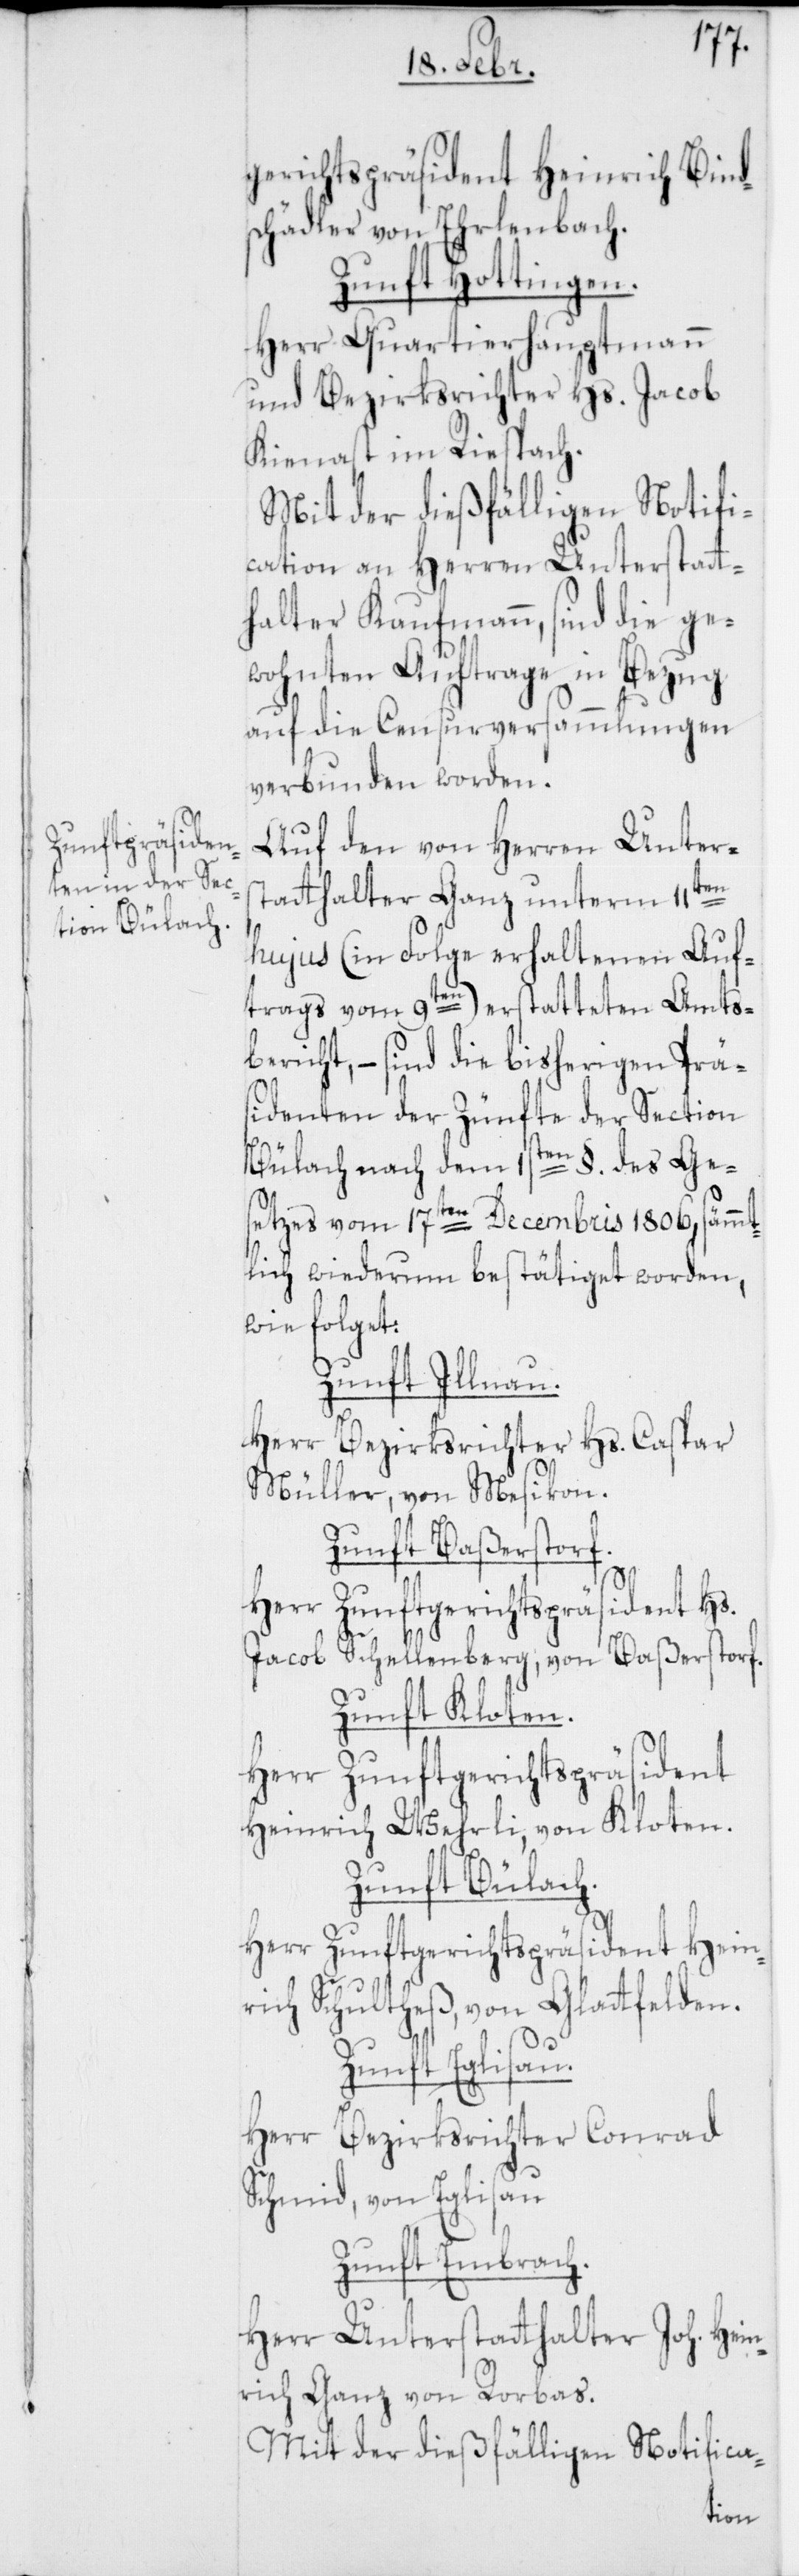
gerichts-Präsident Heinrich Bind¬
schädler von Ehrlenbach.
Zunft Hottingen.
Herr Quartierhauptmann
und Bezirksrichter Hs. Jacob
Kienast im Riesbach.
Mit der dießfälligen Notifi¬
cation an Herren Unterstatt¬
halter Kaufmann, sind die ge¬
wohnten Auftrage [sic!]
auf die Censurversammlungen
verbunden worden.
Auf den von Herren Unters¬
tatthalter Ganz unterm 11ten
hujus (in Folge erhaltenen Auf¬
trags vom 9ten) erstatteten Amts¬
bericht, – sind die bisherigen Prä¬
sidenten der Zünfte der Section
Bülach nach dem 1sten §. des Ges¬
etzes vom 17ten Decembris 1806, sämmt¬
lich wiederum bestätiget worden,
wie folget:
Zunft Illnau.
Herr Bezirksrichter Hs. Caspar
Müller von Mesikon.
Zunft Baßerstorf.
Herr Zunftgerichtspräsident Hs.
Jacob Schellenberg von Baßersdorf.
Zunft Kloten.
Herr Zunftgerichtspräsident
Heinrich Wehrli von Kloten.
Zunft Bülach.
Herr Zunftgerichtspräsident Hein¬
rich Schultheß, von Glatfelden.
Zunft Eglisau.
Herr Bezirksrichter Conrad
Schmid, von Eglisau.
Zunft Embrach.
Herr Unterstatthalter Joh. Hein¬
rich Ganz von Rorbas.
Mit der dießfälligen Notifica-